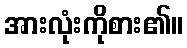
အားလုံးကိုစား၏။